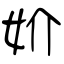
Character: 妎